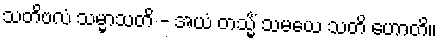
သတိဗလံ သမ္မာသတိ - အယံ တသ္မိံ သမယေ သတိ ဟောတိ။